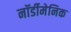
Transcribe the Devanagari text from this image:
नॉर्डीमेनिक